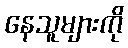
နေသူများကို